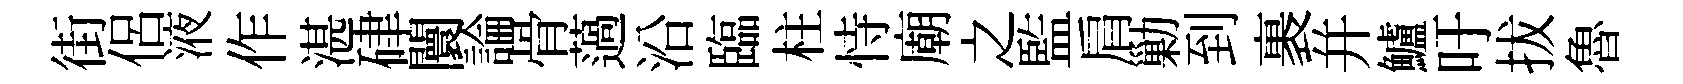
街侶液作湛硉闤論骨薖沿臨柱恃廟之監肩勦到裹幷鱸吁拔魯